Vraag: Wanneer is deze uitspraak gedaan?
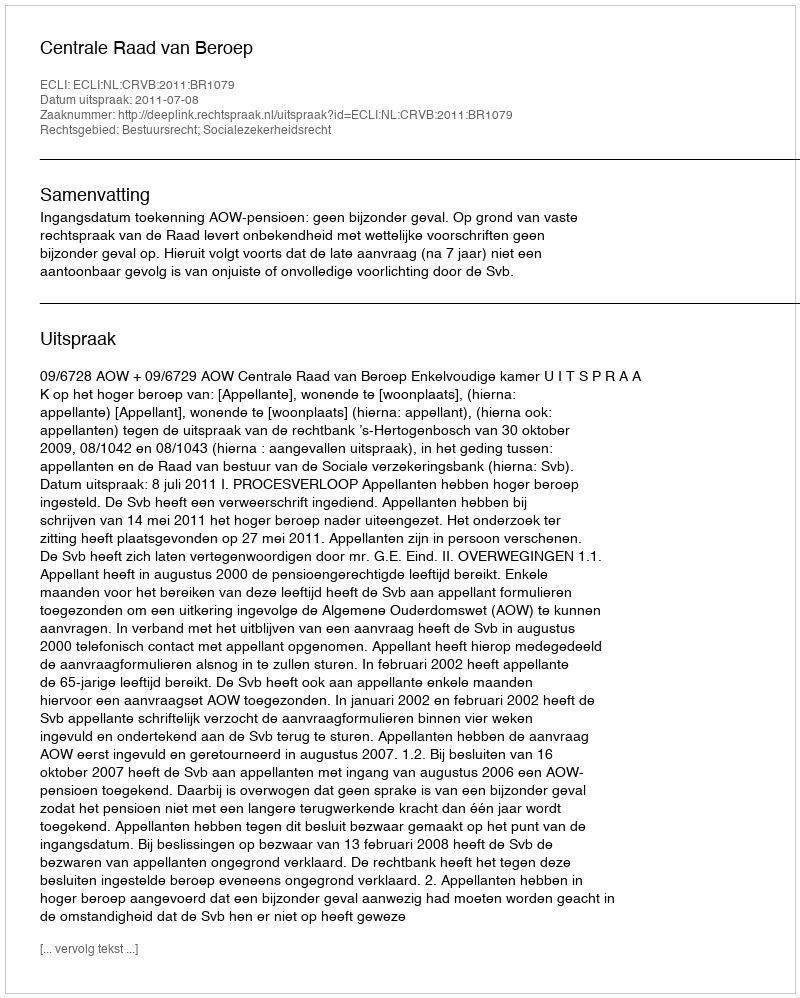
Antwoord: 2011-07-08